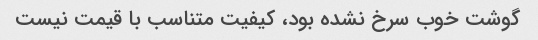
گوشت خوب سرخ نشده بود، کیفیت متناسب با قیمت نیست